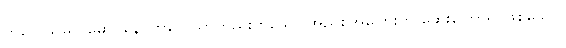
ကိလေသမလဓောဝနေ၊ ကိလေသာတည်းဟူသော အညစ်အကြေးကို ဆေးကြောရာဖြစ်သော။